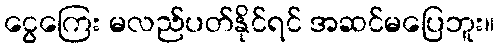
ငွေကြေး မလည်ပတ်နိုင်ရင် အဆင်မပြေဘူး။